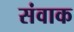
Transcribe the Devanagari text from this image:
संवाक